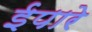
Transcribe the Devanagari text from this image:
ईपारे